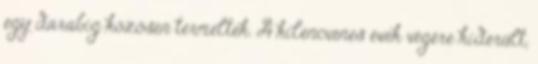
egy darabig közösen termeltek. A kilencvenes évek végére kiderült,